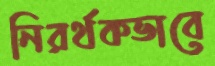
নিরর্থকভাবে